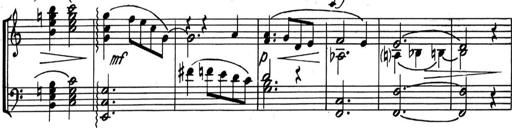
Title: Kleine Sonate
Composer: Raoul Koczalski
Key: C major